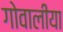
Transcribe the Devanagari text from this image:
गोवालीया